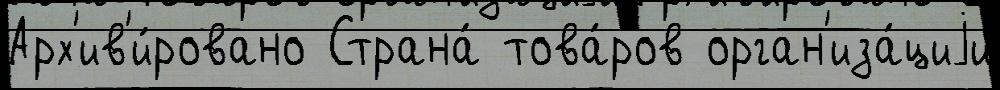
Арх'ив'и́ровано Страна́ това́ров орган'иза́циjи